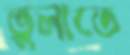
ভুলাতে